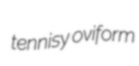
tennisy oviform